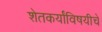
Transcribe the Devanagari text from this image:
शेतकर्यांविषयीचे